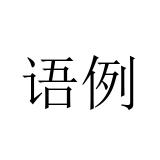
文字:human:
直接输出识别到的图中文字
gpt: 语例